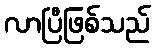
လာပြီဖြစ်သည်